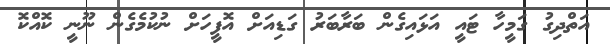
އަތްދިގު ގަމީހާ ޓައީ އަޅައިގެން ބަރާބަރު ގަޑިއަށް އޮފީހަށް ނުކުމެގެން ނޫނީ ކޮއްކޮ